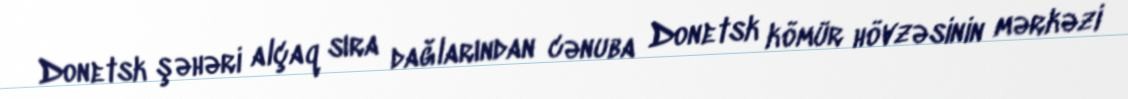
Donetsk şəhəri alçaq sıra dağlarından cənuba Donetsk kömür hövzəsinin mərkəzi